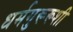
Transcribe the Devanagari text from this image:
धर्मगुरूरूशी